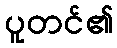
ပူတင်၏